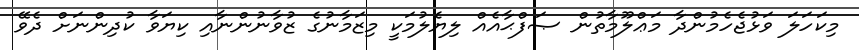
މިކަހަލަ ވަޅުޖެހެމުންދާ މަޢްލޫމާތުން ޞަފްޙާއެއް ލިޔެލުމަކީ މިޒަމާނުގެ ޒުވާނުންނާއި ކިޔަވާ ކުދިންނަށް ދެވޭ